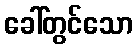
ခေါ်တွင်သော